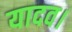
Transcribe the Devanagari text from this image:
यादव।